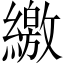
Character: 繳